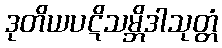
ဒုတိယပဋိသမ္ဘိဒါသုတ္တံ